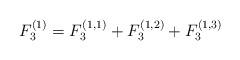
LaTeX: \begin{align*}F_{3}^{(1)}=F_{3}^{(1,1)}+F_{3}^{(1,2)}+F_{3}^{(1,3)}\end{align*}